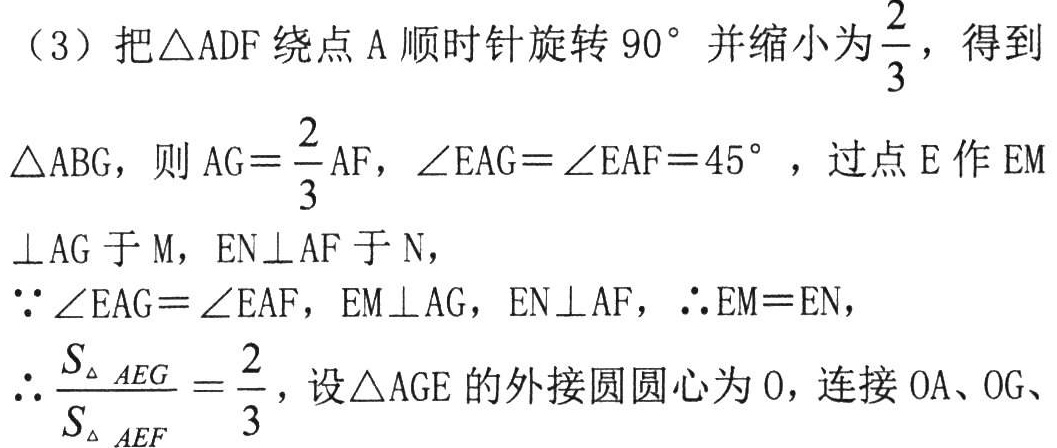
（3）把$\triangle ADF$绕点$A$顺时针旋转$90^{\circ}$并缩小为$\frac{2}{3}$，得到

$\triangle ABG$，则$AG = \frac{2}{3}AF$，$\angle EAG=\angle EAF = 45^{\circ}$，过点$E$作$EM$

$\perp AG$于$M$，$EN\perp AF$于$N$，

$\because\angle EAG=\angle EAF$，$EM\perp AG$，$EN\perp AF$，$\therefore EM = EN$，

$\therefore\frac{S_{\triangle AEG}}{S_{\triangle AEF}}=\frac{2}{3}$，设$\triangle AGE$的外接圆圆心为$O$，连接$OA$、$OG$、